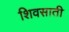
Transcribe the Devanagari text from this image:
शिवसाती